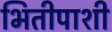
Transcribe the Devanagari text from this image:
भितीपाशी